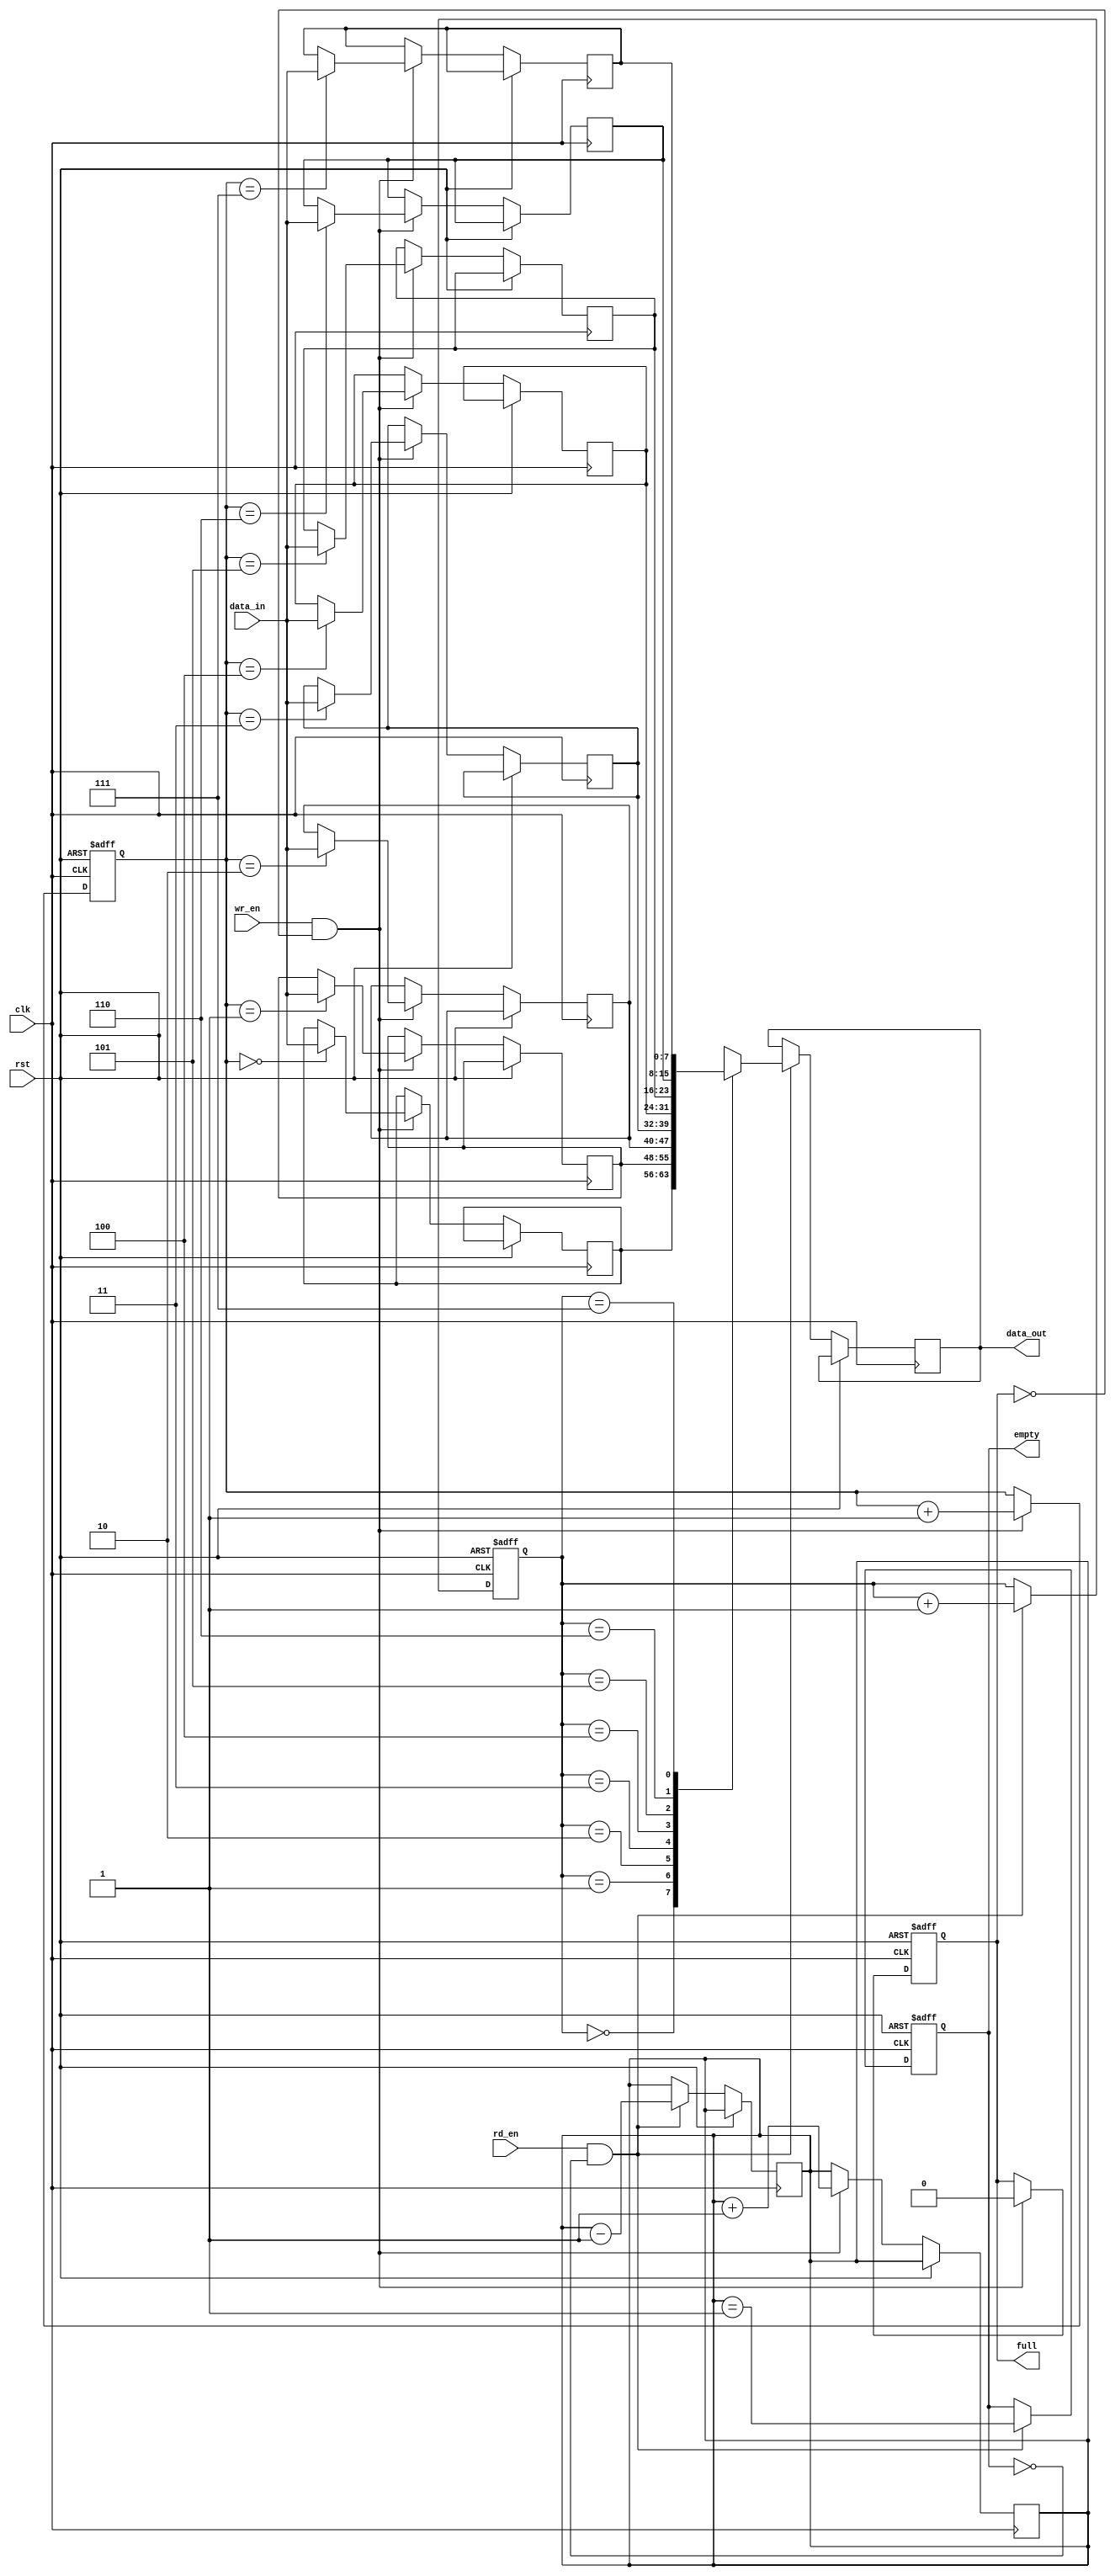
`timescale 1ns / 1ps
//////////////////////////////////////////////////////////////////////////////////
// Company: 
// Engineer: 
// 
// Design Name: 
// Module Name: SYN_FIFO
// Project Name: 
// Target Devices: 
// Tool Versions: 
// Description: 
// 
// Dependencies: 
// 
// Revision:
// Revision 0.01 - File Created
// Additional Comments:
// 
//////////////////////////////////////////////////////////////////////////////////


module SYN_FIFO  ( input wire clk,         // Clock input
    input wire rst,         // Reset input
    input wire wr_en,       // Write enable input
    input wire rd_en,       // Read enable input
    input wire [7:0] data_in,  // Data input
    output reg [7:0] data_out, // Data output
    output reg full,            // Full flag
    output reg empty            // Empty flag
);

parameter DEPTH = 8; // Depth of the FIFO

reg [7:0] fifo [0:DEPTH-1];
reg [2:0] wr_ptr = 0;  // Write pointer
reg [2:0] rd_ptr = 0;  // Read pointer
reg [2:0] count = 0;   // Counter for number of elements in FIFO

// Write process
always @(posedge clk or posedge rst) begin
    if (rst) begin
        wr_ptr <= 0;
        full <= 0;
    end else if (wr_en && !full) begin
        fifo[wr_ptr] <= data_in;
        wr_ptr <= wr_ptr + 1;
        count <= count + 1;
        full <= (count == DEPTH);
    end
end

// Read process
always @(posedge clk or posedge rst) begin
    if (rst) begin
        rd_ptr <= 0;
        empty <= 0;
    end else if (rd_en && !empty) begin
        data_out <= fifo[rd_ptr];
        rd_ptr <= rd_ptr + 1;
        count <= count - 1;
        empty <= (count == 1);
    end
end





endmodule